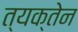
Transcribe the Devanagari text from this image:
त्यक्तेन